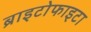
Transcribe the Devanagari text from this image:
ब्राइटोफाइटा